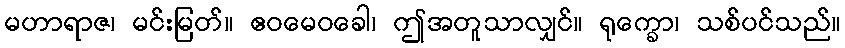
မဟာရာဇ၊ မင်းမြတ်။ ဧဝမေဝခေါ၊ ဤအတူသာလျှင်။ ရုက္ခော၊ သစ်ပင်သည်။